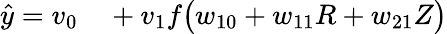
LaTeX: \begin{array}{rl}{\hat{y}=v_{0}}&{{}+v_{1}f\big(w_{10}+w_{11}R+w_{21}Z\big)}\end{array}